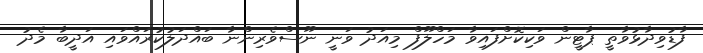
ފާޑުވިދާޅުވާތީ ޕާޓީން ވަކިކޮށްފައިވާ މަހްލޫފް މިއަދު ވަނީ ނޫސްވެރިންނާ ބައްދަލުކުރައްވައި އަދީބާ މެދު